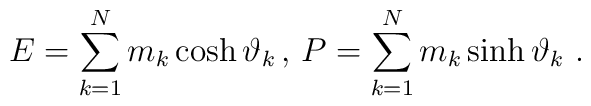
E = \sum ^{N}_{k=1}m_{k}\cosh \vartheta_{k}\, ,\,  P=\sum^{N}_{k=1}m_{k}\sinh \vartheta_{k}\, \, .